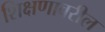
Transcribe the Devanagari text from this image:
शिक्षणावरील